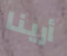
أرينا